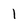
Character: 1